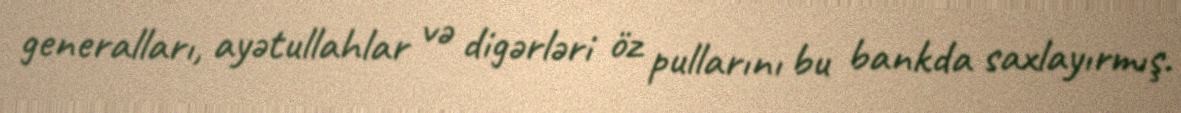
generalları, ayətullahlar və digərləri öz pullarını bu bankda saxlayırmış.